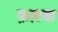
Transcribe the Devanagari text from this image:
फ़ाटक